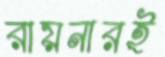
রায়নারই